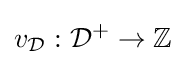
v_{\mathcal {D}}:{\mathcal {D}}^{+}\rightarrow \mathbb {Z}